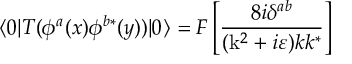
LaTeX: \langle 0 | T ( \phi ^ { a } ( x ) \phi ^ { b * } ( y ) ) | 0 \rangle = { \cal F } \left[ \frac { 8 i \delta ^ { a b } } { ( \mathrm { k } ^ { 2 } + i \varepsilon ) k k ^ { * } } \right]